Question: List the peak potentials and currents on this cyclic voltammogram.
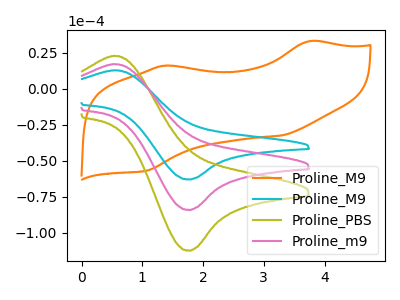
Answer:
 <answer>The orange curve "Proline_M9" has anodic peaks at (3.75V, 33.05uA) (1.35V, 16.00uA) and cathodic peaks at (3.30V, -32.45uA) (1.05V, -56.80uA). The cyan curve "Proline_M9" has an anodic peak at (0.55V, 12.85uA) and a cathodic peak at (1.80V, -63.00uA). The olive curve "Proline_PBS" has an anodic peak at (0.55V, 34.30uA) and a cathodic peak at (1.80V, -168.35uA). The pink curve "Proline_m9" has an anodic peak at (0.55V, 17.15uA) and a cathodic peak at (1.80V, -84.15uA).</answer>
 <eval></eval>